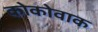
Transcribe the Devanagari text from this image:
कोकोवाक